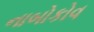
નાબોકોવ